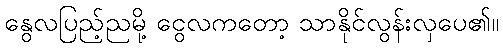
နွေလပြည့်ညမို့ ငွေလကတော့ သာနိုင်လွန်းလှပေ၏။